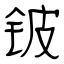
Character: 铍